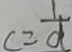
c = \frac { 1 } { d }